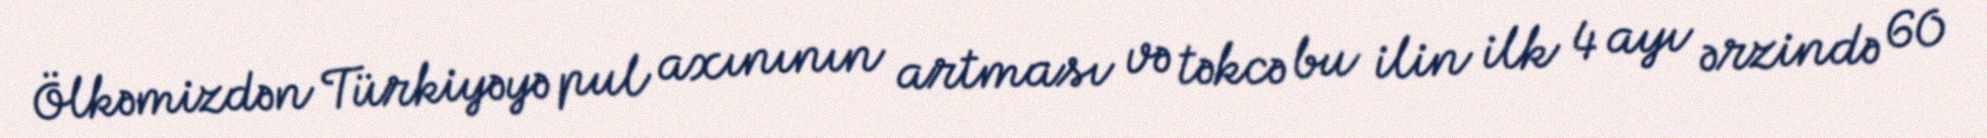
Ölkəmizdən Türkiyəyə pul axınının artması və təkcə bu ilin ilk 4 ayı ərzində 60